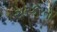
સરકરતો